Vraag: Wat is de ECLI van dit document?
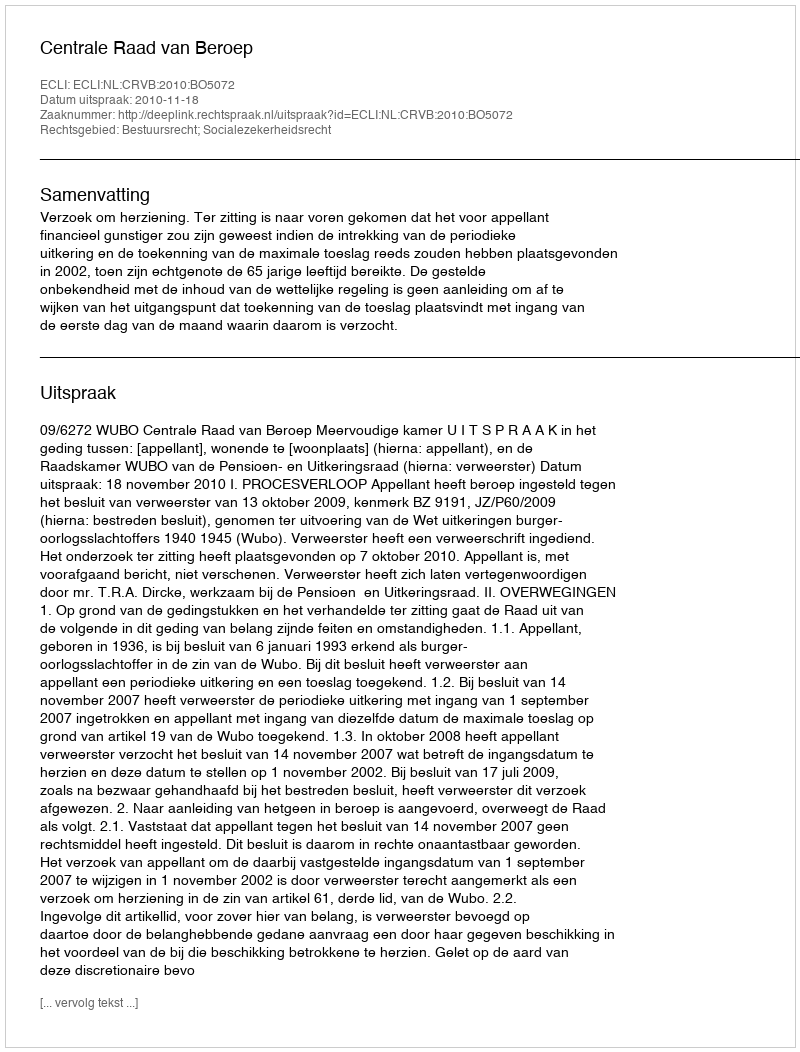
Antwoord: ECLI:NL:CRVB:2010:BO5072